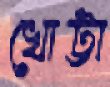
খোট্টা